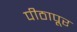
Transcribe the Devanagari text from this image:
पीठापूर